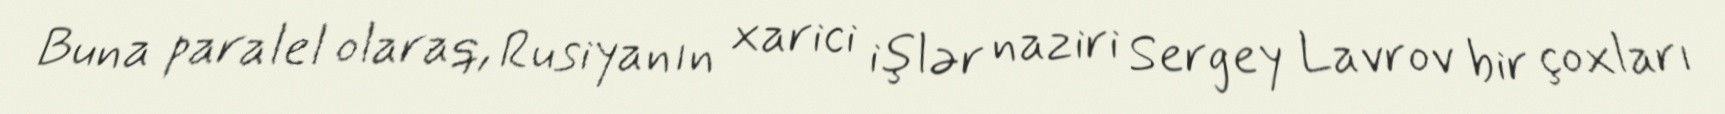
Buna paralel olaraq, Rusiyanın xarici işlər naziri Sergey Lavrov bir çoxları